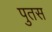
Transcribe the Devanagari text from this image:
पुतस